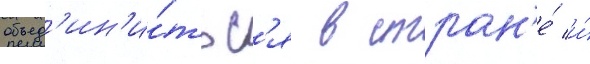
объед'ин'и́тьс'я в стран'е́ и́